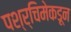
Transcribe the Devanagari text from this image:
पश्र्चिमेकडून